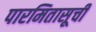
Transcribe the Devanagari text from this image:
पारमितासूची